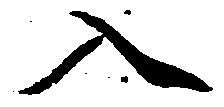
入